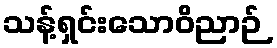
သန့်ရှင်းသောဝိညာဉ်